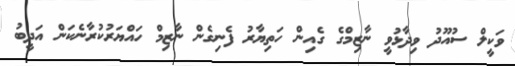
ވަކީލް ސުއޫދު ވިދާޅުވީ ނާޒިމްގެ ގެއިން ހަތިޔާރު ފެނިގެން ނާޒިމް ހައްޔަރުކުރާނެކަން އަދީބު